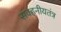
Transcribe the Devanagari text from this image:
संवहनीयतंत्र